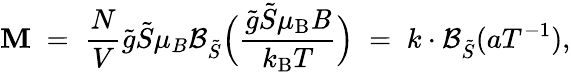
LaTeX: \mathbf{M}\; =\; \frac{{N}}{{V}}\tilde{{g}}\tilde{{S}}\mu_{B}\mathcal{{B}}_{\tilde{{S}}}\Big(\frac{{\tilde{{g}}\tilde{{S}}\mu_{\mathrm{{B}}}{\mathit{B}}}}{{k_{\mathrm{{B}}}T}}\Big)\; =\; k\cdot\mathcal{{B}}_{\tilde{{S}}}(aT^{-1}),